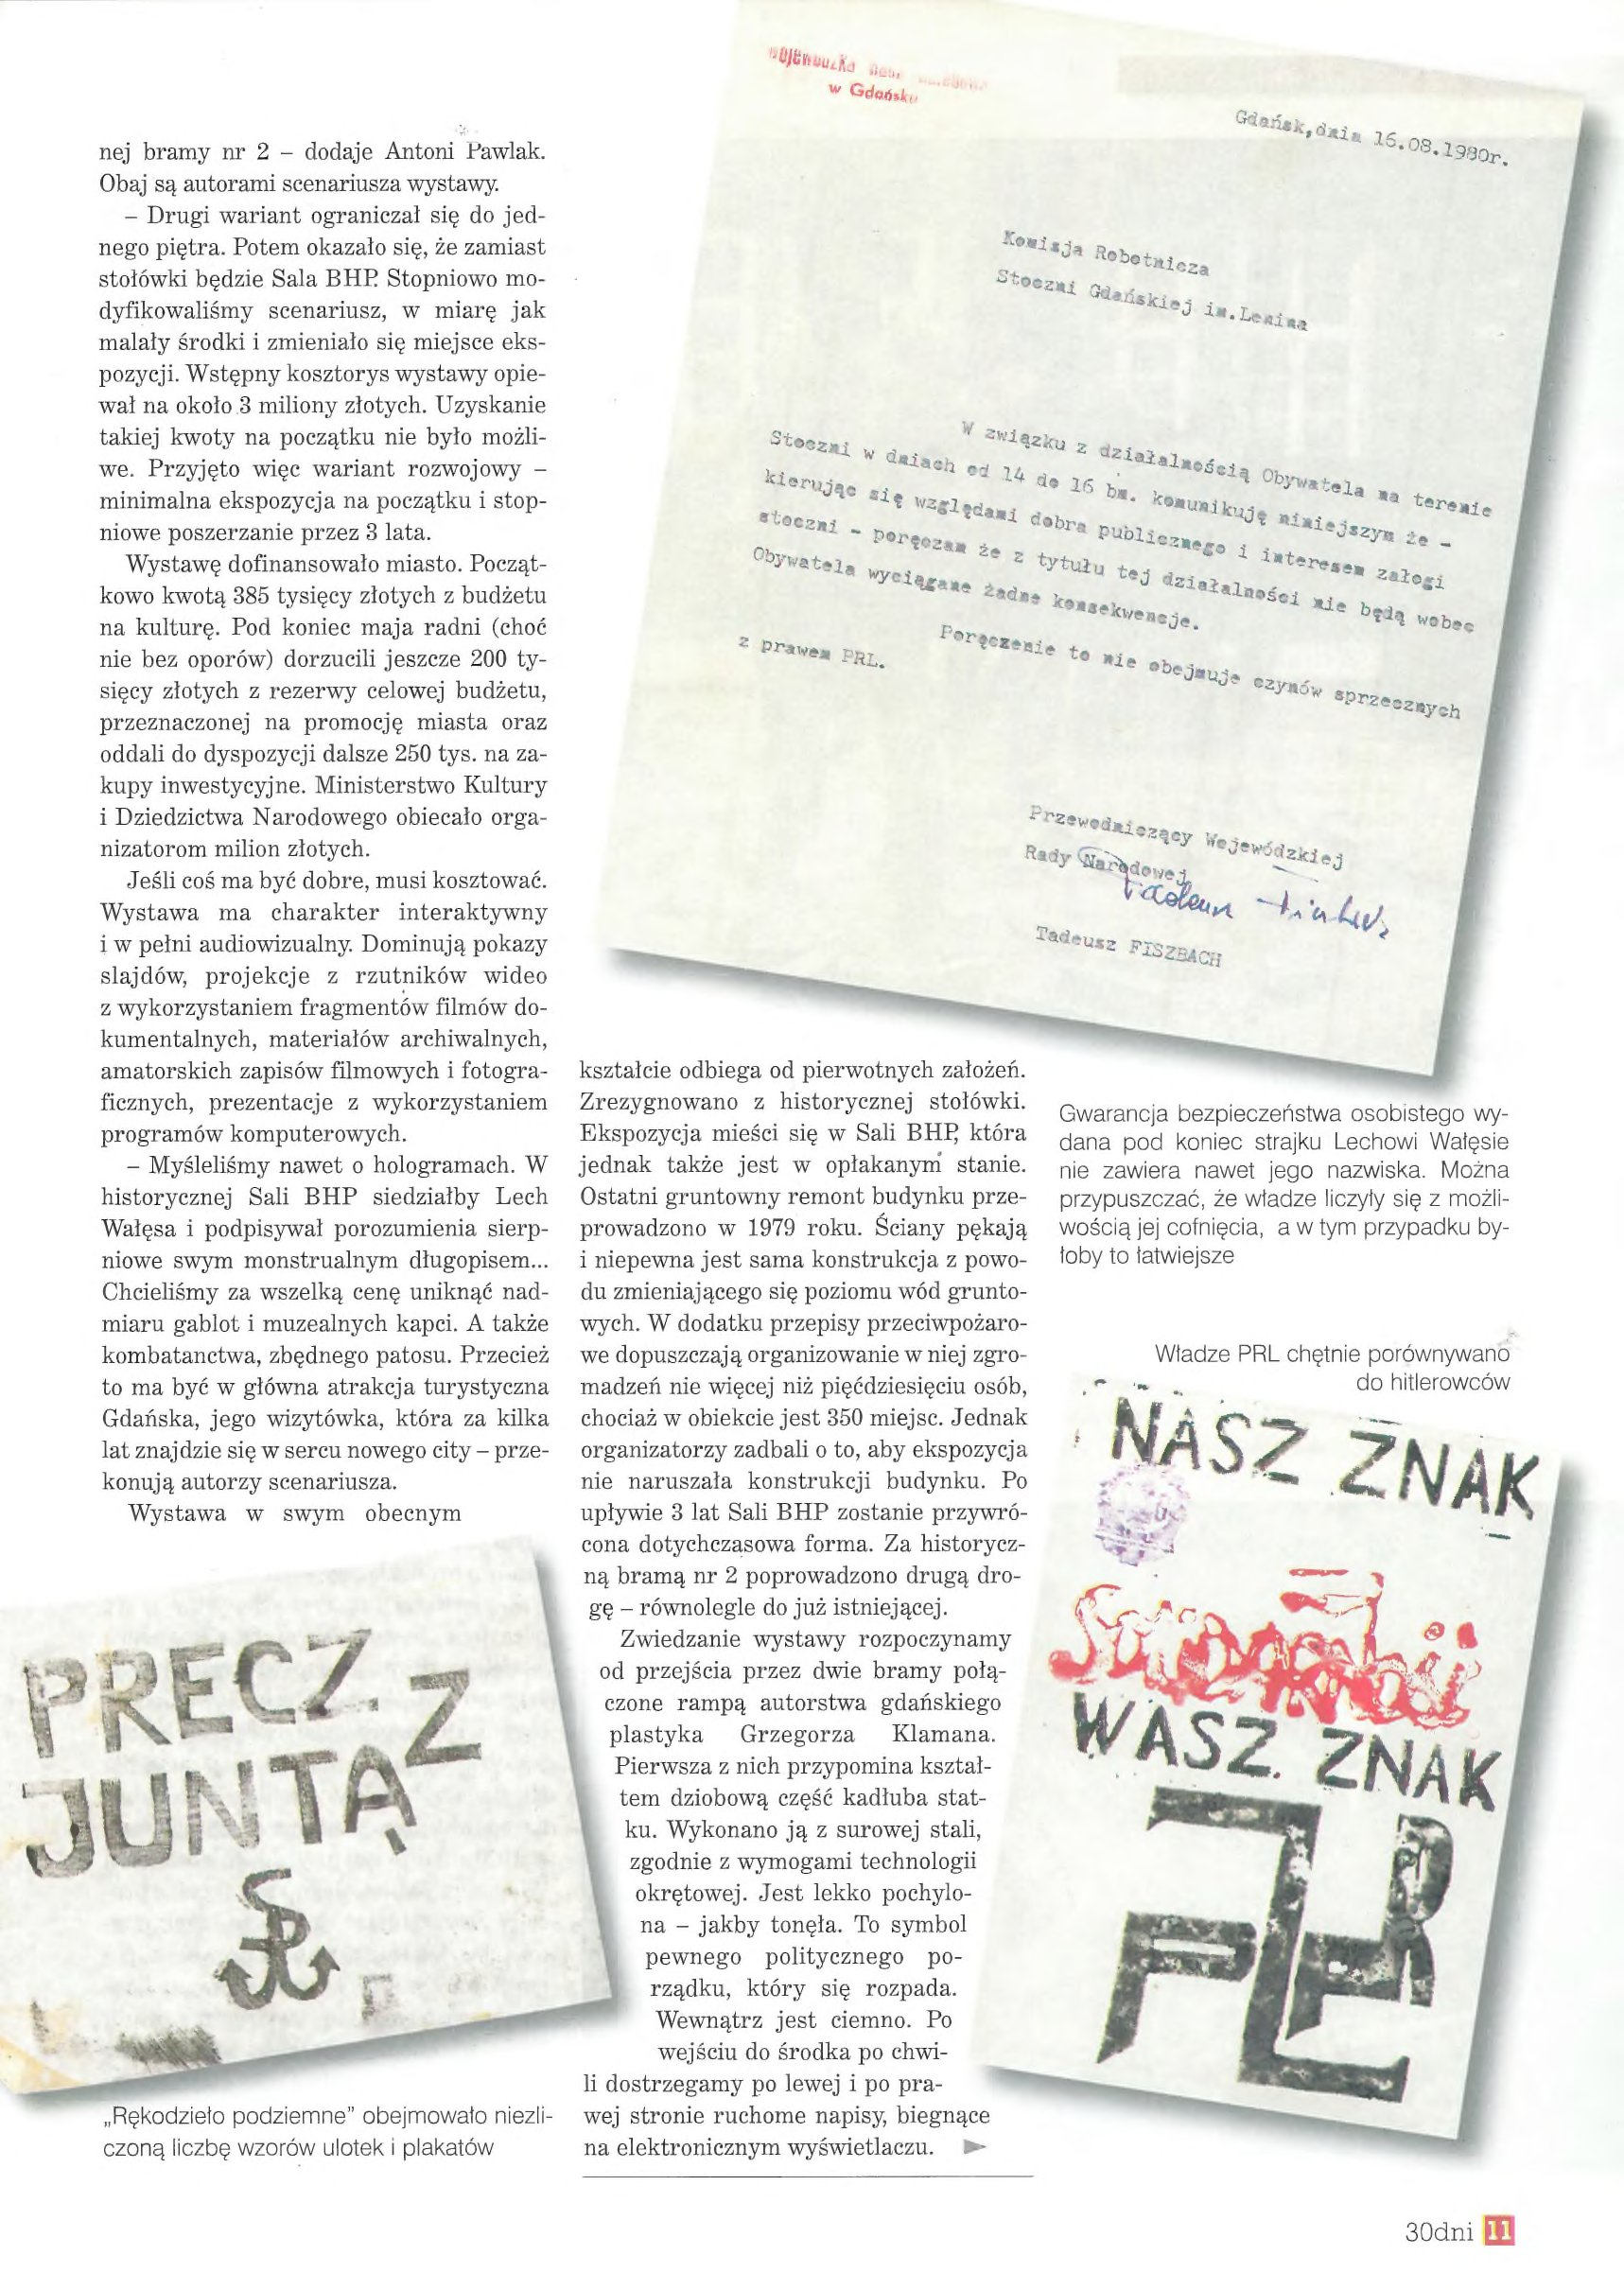
Language: pl